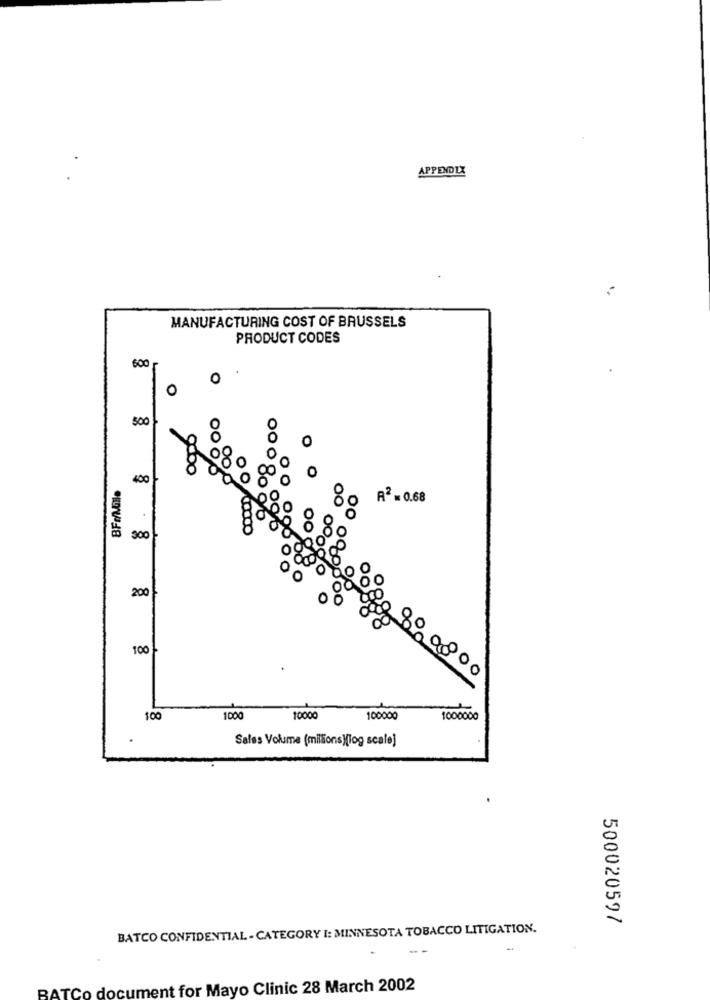
APPENDIX
MANUFACTURING COST OF BRUSSELS
PRODUCT CODES
600
0
0
300
OO
100
400
0
OC
A2 = 0.68
300
200
100
0
100
1000
10000
100000
1000000
Sales Volume (millions)[log scale]
500020597
BATCO CONFIDENTIAL - CATEGORY I: MINNESOTA TOBACCO LITIGATION.
BATCo document for Mayo Clinic 28 March 2002